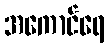
အကောင်ရေ